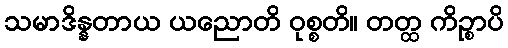
သမာဒိန္နတာယ ယညောတိ ဝုစ္စတိ။ တတ္ထ ကိဉ္စာပိ